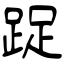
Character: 踀